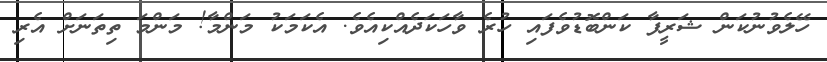
ހޭލެވުނުކަން ޝަރީފާ ކަންބޮޑުވެފައި ހުރެ ވާހަކަދެއްކިއެވެ. އެކަމަކު މަންމާ! މަންމަ ތިތަނަށް އެރި